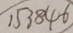
1 5 3 8 4 6